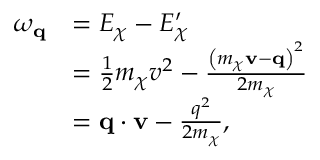
\begin{array} { r l } { \omega _ { \mathbf { q } } } & { = E _ { \chi } - E _ { \chi } ^ { \prime } } \\ & { = \frac { 1 } { 2 } m _ { \chi } v ^ { 2 } - \frac { \left( m _ { \chi } \mathbf { v } - \mathbf { q } \right) ^ { 2 } } { 2 m _ { \chi } } } \\ & { = \mathbf { q } \cdot \mathbf { v } - \frac { q ^ { 2 } } { 2 m _ { \chi } } , } \end{array}